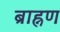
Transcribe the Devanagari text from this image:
ब्राह्नण